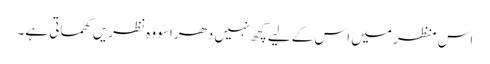
اس منظر میں اس کے لیےکچھ نہیں دھراسو وہ نظریں گھماتی ہے۔